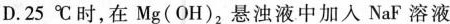
D.25℃时，在Mg(OH)_{2}，悬浊液中加入NaF溶液